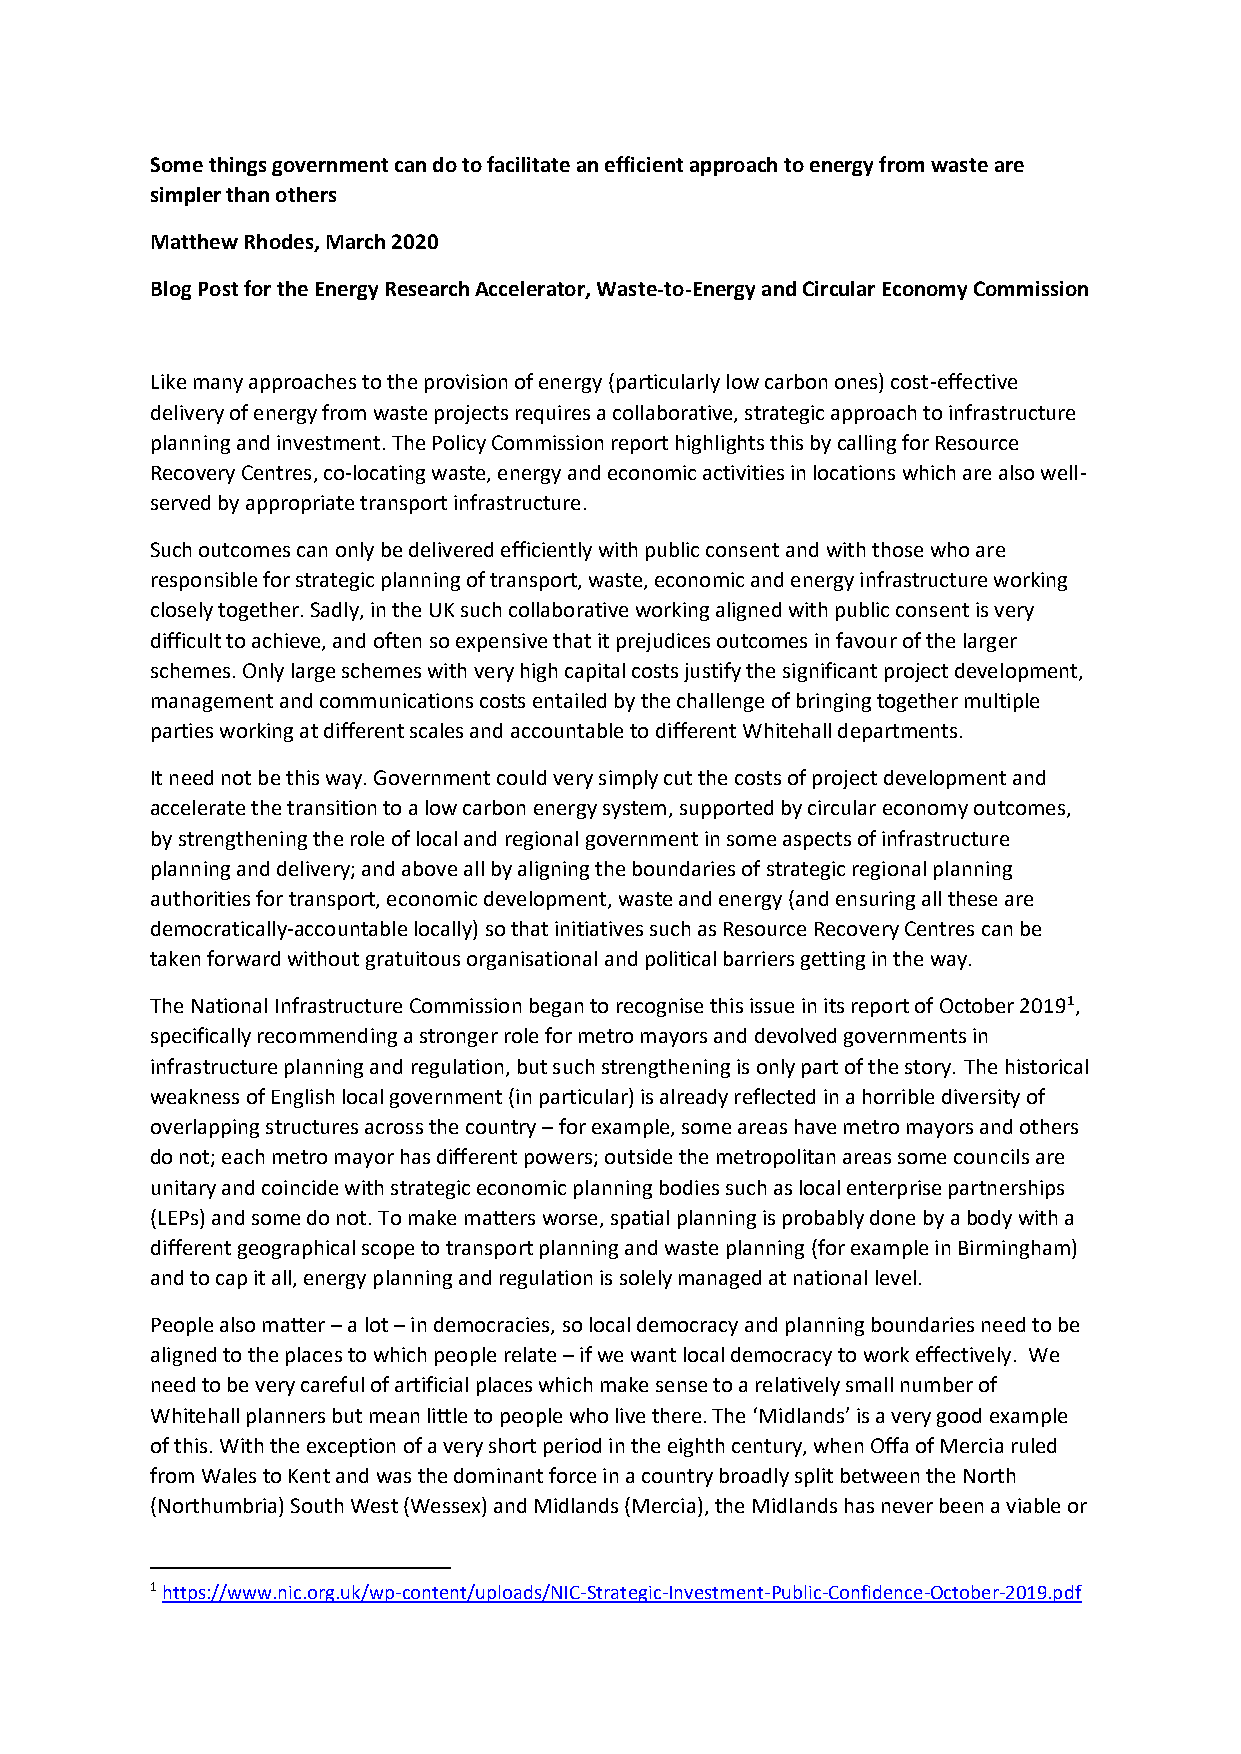
Some things government can do to facilitate an efficient approach to energy from waste are
 simpler than others
 Matthew Rhodes, March 2020
 Blog Post for the Energy Research Accelerator, Waste-to-Energy and Circular Economy Commission
 Like many approaches to the provision of energy (particularly low carbon ones) cost-effective
 delivery of energy from waste projects requires a collaborative, strategic approach to infrastructure
 planning and investment. The Policy Commission report highlights this by calling for Resource
 Recovery Centres, co-locating waste, energy and economic activities in locations which are also well-
 served by appropriate transport infrastructure.
 Such outcomes can only be delivered efficiently with public consent and with those who are
 responsible for strategic planning of transport, waste, economic and energy infrastructure working
 closely together. Sadly, in the UK such collaborative working aligned with public consent is very
 difficult to achieve, and often so expensive that it prejudices outcomes in favour of the larger
 schemes. Only large schemes with very high capital costs justify the significant project development,
 management and communications costs entailed by the challenge of bringing together multiple
 parties working at different scales and accountable to different Whitehall departments.
 It need not be this way. Government could very simply cut the costs of project development and
 accelerate the transition to a low carbon energy system, supported by circular economy outcomes,
 by strengthening the role of local and regional government in some aspects of infrastructure
 planning and delivery; and above all by aligning the boundaries of strategic regional planning
 authorities for transport, economic development, waste and energy (and ensuring all these are
 democratically-accountable locally) so that initiatives such as Resource Recovery Centres can be
 taken forward without gratuitous organisational and political barriers getting in the way.
 The National Infrastructure Commission began to recognise this issue in its report of October 20191,
 specifically recommending a stronger role for metro mayors and devolved governments in
 infrastructure planning and regulation, but such strengthening is only part of the story. The historical
 weakness of English local government (in particular) is already reflected in a horrible diversity of
 overlapping structures across the country – for example, some areas have metro mayors and others
 do not; each metro mayor has different powers; outside the metropolitan areas some councils are
 unitary and coincide with strategic economic planning bodies such as local enterprise partnerships
 (LEPs) and some do not. To make matters worse, spatial planning is probably done by a body with a
 different geographical scope to transport planning and waste planning (for example in Birmingham)
 and to cap it all, energy planning and regulation is solely managed at national level.
 People also matter – a lot – in democracies, so local democracy and planning boundaries need to be
 aligned to the places to which people relate – if we want local democracy to work effectively. We
 need to be very careful of artificial places which make sense to a relatively small number of
 Whitehall planners but mean little to people who live there. The ‘Midlands’ is a very good example
 of this. With the exception of a very short period in the eighth century, when Offa of Mercia ruled
 from Wales to Kent and was the dominant force in a country broadly split between the North
 (Northumbria) South West (Wessex) and Midlands (Mercia), the Midlands has never been a viable or
 1 https://www.nic.org.uk/wp-content/uploads/NIC-Strategic-Investment-Public-Confidence-October-2019.pdf